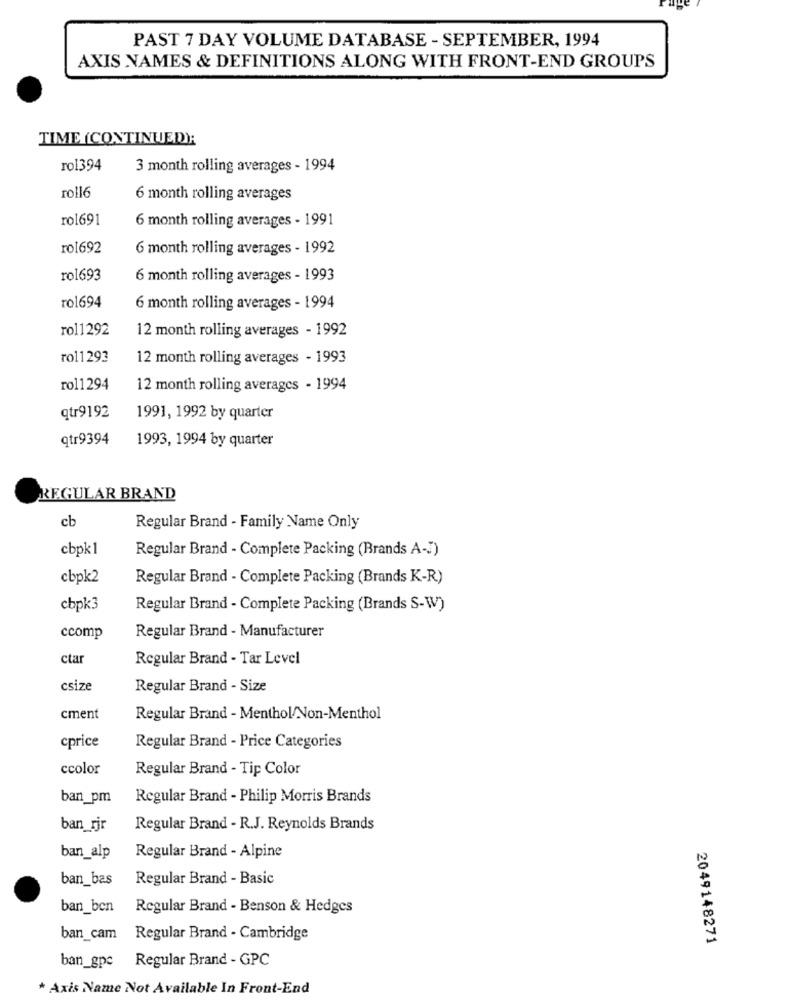
PAST 7 DAY VOLUME DATABASE - SEPTEMBER, 1994
AXIS NAMES & DEFINITIONS ALONG WITH FRONT-END GROUPS
TIME (CONTINUED);
rol394
3 month rolling averages - 1994
roll6
6 month rolling averages
rol691
6 month rolling averages - 1991
rol692
6 month rolling averages - 1992
rol693
6 month rolling averages - 1993
rol694
6 month rolling averages - 1994
rol1292
12 month rolling averages - 1992
rol1293
12 month rolling averages - 1993
rol1294
12 month rolling averages - 1994
qtr9192
1991, 1992 by quarter
qtr9394
1993, 1994 by quarter
REGULAR BRAND
cb
Regular Brand - Family Name Only
cbpk1
Regular Brand - Complete Packing (Brands A-J)
cbpk2
Regular Brand - Complete Packing (Brands K-R)
cbpk3
Regular Brand - Complete Packing (Brands S-W)
ccomp
Regular Brand - Manufacturer
ctar
Regular Brand - Tar Level
csize
Regular Brand - Size
cment
Regular Brand - Menthol/Non-Menthol
cprice
Regular Brand - Price Categories
ccolor
Regular Brand - Tip Color
ban_pm
Regular Brand - Philip Morris Brands
ban_rjr
Regular Brand - R.J. Reynolds Brands
ban_alp
Regular Brand - Alpine
ban_bas
Regular Brand - Basic
ban_ben
Regular Brand - Benson & Hedges
ban_cam
Regular Brand - Cambridge
2049148271
ban_gpe Regular Brand - GPC
* Axis Name Not Available In Front-End